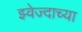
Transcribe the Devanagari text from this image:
झ्वेज्दाच्या